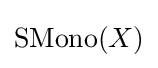
\operatorname {SMono} (X)